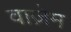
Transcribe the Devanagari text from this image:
वाज़ेम